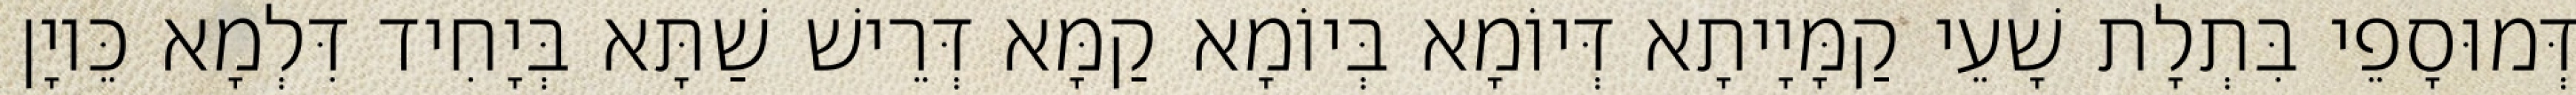
דְּמוּסָפֵי בִּתְלָת שָׁעֵי קַמָּיָיתָא דְּיוֹמָא בְּיוֹמָא קַמָּא דְּרֵישׁ שַׁתָּא בְּיָחִיד דִּלְמָא כֵּיוָן